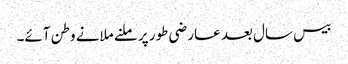
بیس سال بعد عارضی طور پر ملنے ملانے وطن آئے۔